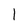
Character: 1